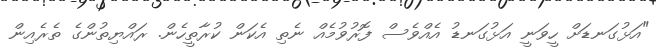
"އަޅުގަނޑަށް ހީވަނީ އަޅުގަނޑު އެއްވެސް ފޮރުވުމެއް ނެތި އެކަން ކުރާތީހެން. ރައްޔިތުންގެ ތެރެއިން